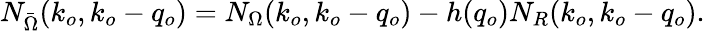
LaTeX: N_{\bar{\Omega}}(k_{o},k_{o}-q_{o})=N_{\Omega}(k_{o},k_{o}-q_{o})-h(q_{o})N_{R}(k_{o},k_{o}-q_{o}).